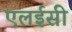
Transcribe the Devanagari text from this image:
एलईसी